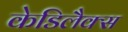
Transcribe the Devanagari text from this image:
केडिलैक्‍स